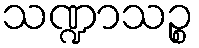
သဏ္ဍာသဉ္စ